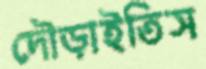
দৌড়াইতিস